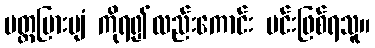
ပတ္တမြားပျံ ကိုရ၍လည်းကောင်း မင်းဖြစ်ရသူ။